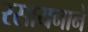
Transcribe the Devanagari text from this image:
रसायनाने